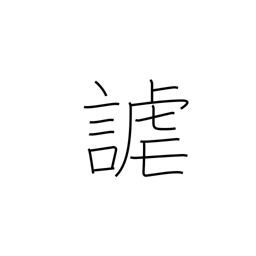
Meaning: sport with